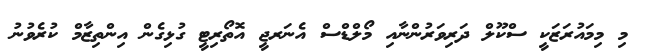
މި މިމައުރަޒަކީ ސްކޫލް ދަރިވަރުންނާއި މޯލްޑްސް އެނަރޖީ އޮތޯރިޓީ ގުޅިގެން އިންތިޒާމް ކުރެވުނު